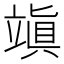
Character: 𥪧